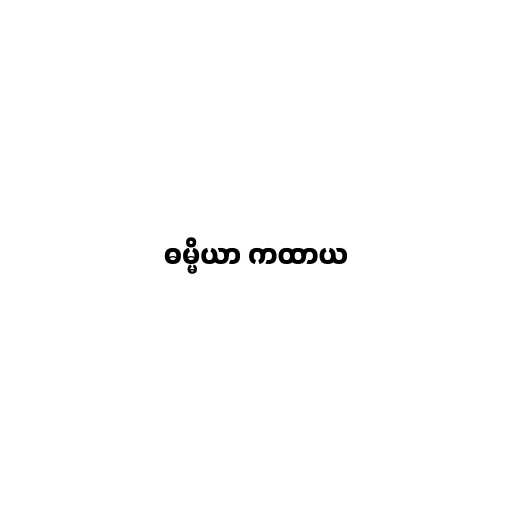
ဓမ္မိယာ ကထာယ